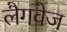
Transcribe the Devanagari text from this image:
लैगवेज